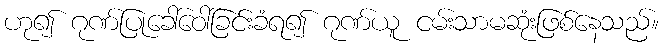
ဟု၍ ဂုဏ်ပြုခေါ်ဝေါ်ခြင်းခံရ၍ ဂုဏ်ယူ ငမ်းသာမဆုံးဖြစ်နေသည်။